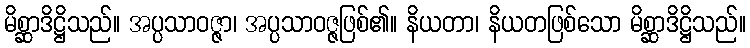
မိစ္ဆာဒိဋ္ဌိသည်။ အပ္ပသာဝဇ္ဇာ၊ အပ္ပသာဝဇ္ဇဖြစ်၏။ နိယတာ၊ နိယတဖြစ်သော မိစ္ဆာဒိဋ္ဌိသည်။